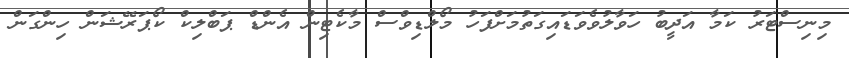
މިނިސްޓަރު ކަމާ އަދީބު ހަވާލުވެވަޑައިގަތުމަށްފަހު މޯލްޑިވްސް މާކެޓިން އެންޑް ޕަބްލިކް ކޯޕަރޭޝަން ހިންގަން